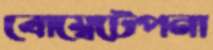
বোম্বেটেপনা